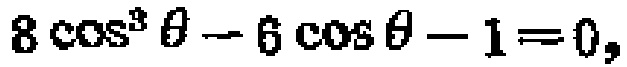
\(8\cos^{3}\theta - 6\cos\theta - 1 = 0\)